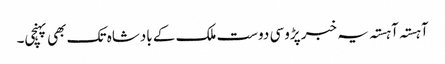
آہستہ آہستہ یہ خبر پڑوسی دوست ملک کے بادشاہ تک بھی پہنچی۔